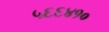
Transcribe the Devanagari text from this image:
५६६४१०